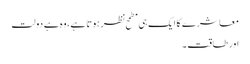
معاشرے کا ایک ہی مطمح نظر ہوتا ہے، وہ ہے دولت
اور طاقت۔